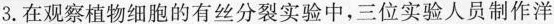
3.在观察植物细胞的有丝分裂实验中，三位实验人员制作洋